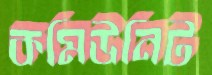
কমিউনিট